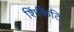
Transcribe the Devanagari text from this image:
शिंकिटि